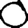
Digit: 0